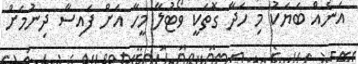
އަނެއް ބަޔަކު މި ހަދާ ގޮތަކީ ވޯޓުލާ މީހާ އަށް ފައިސާ ދިނުމަށް